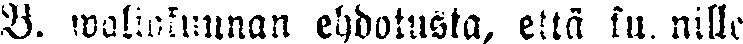
B. waliokunnan ehdotusta, että kunnille